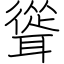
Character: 聳